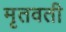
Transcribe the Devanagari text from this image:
मृतवती